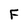
Character: F